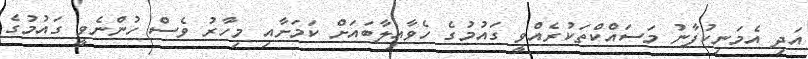
އަދި އެމަނިކުފާނު މަސައްކްތަކުރެއްވީ ގައުމުގެ ހެވާއިލާބައަށް ކަމަށާއި މިހާރު ވެސް ހުންނެވީ ގައުމުގެ